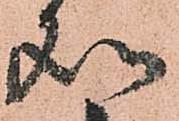
処